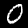
Digit: 0